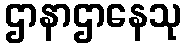
ဌာနာဌာနေသု